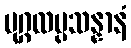
ပုဂ္ဂလပ္ပသန္နာနံ